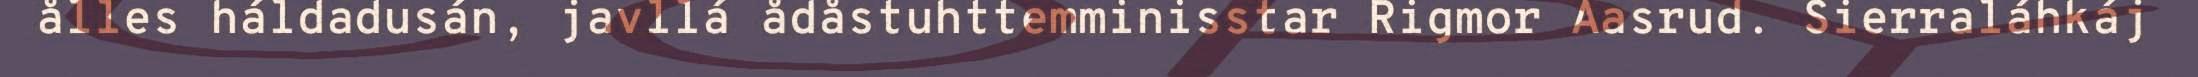
ålles háldadusán, javllá ådåstuhttemminisstar Rigmor Aasrud. Sierraláhkáj